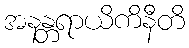
အနန္တရာယိကိနီတိ